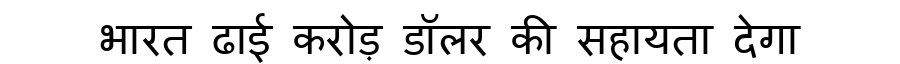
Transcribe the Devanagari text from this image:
भारत ढाई करोड़ डॉलर की सहायता देगा